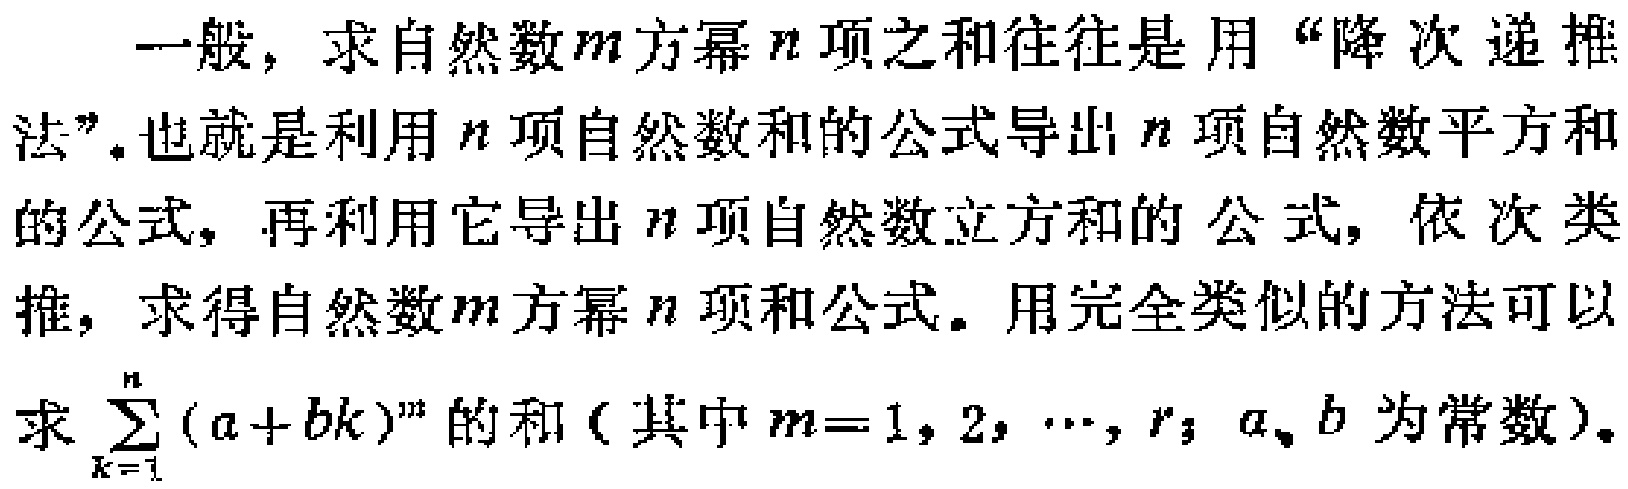
一般，求自然数\(m\)方幂\(n\)项之和往往是用“降次递推法”。也就是利用\(n\)项自然数和的公式导出\(n\)项自然数平方和的公式，再利用它导出\(n\)项自然数立方和的公式，依次类推，求得自然数\(m\)方幂\(n\)项和公式。用完全类似的方法可以求\(\sum_{k = 1}^{n}(a + bk)^{m}\)的和（其中\(m = 1,2,\cdots,r\)；\(a、b\)为常数）。